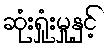
ဆုံးရှုံးမှုနှင့်